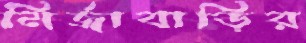
মির্জাবাড়ির